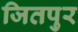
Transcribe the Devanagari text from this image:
जितपुर